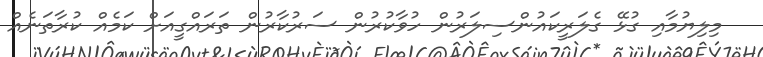
މިލިޔުމާއި ގުޅޭ ގެލަރީކައުންސިލަރުން ހުވާކުރުން ސަރުކާރުން ތަރައްގީއަށް ކަމެއް ކުރާތަނެއް